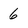
Character: 6